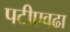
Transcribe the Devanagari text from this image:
पटीएवढा